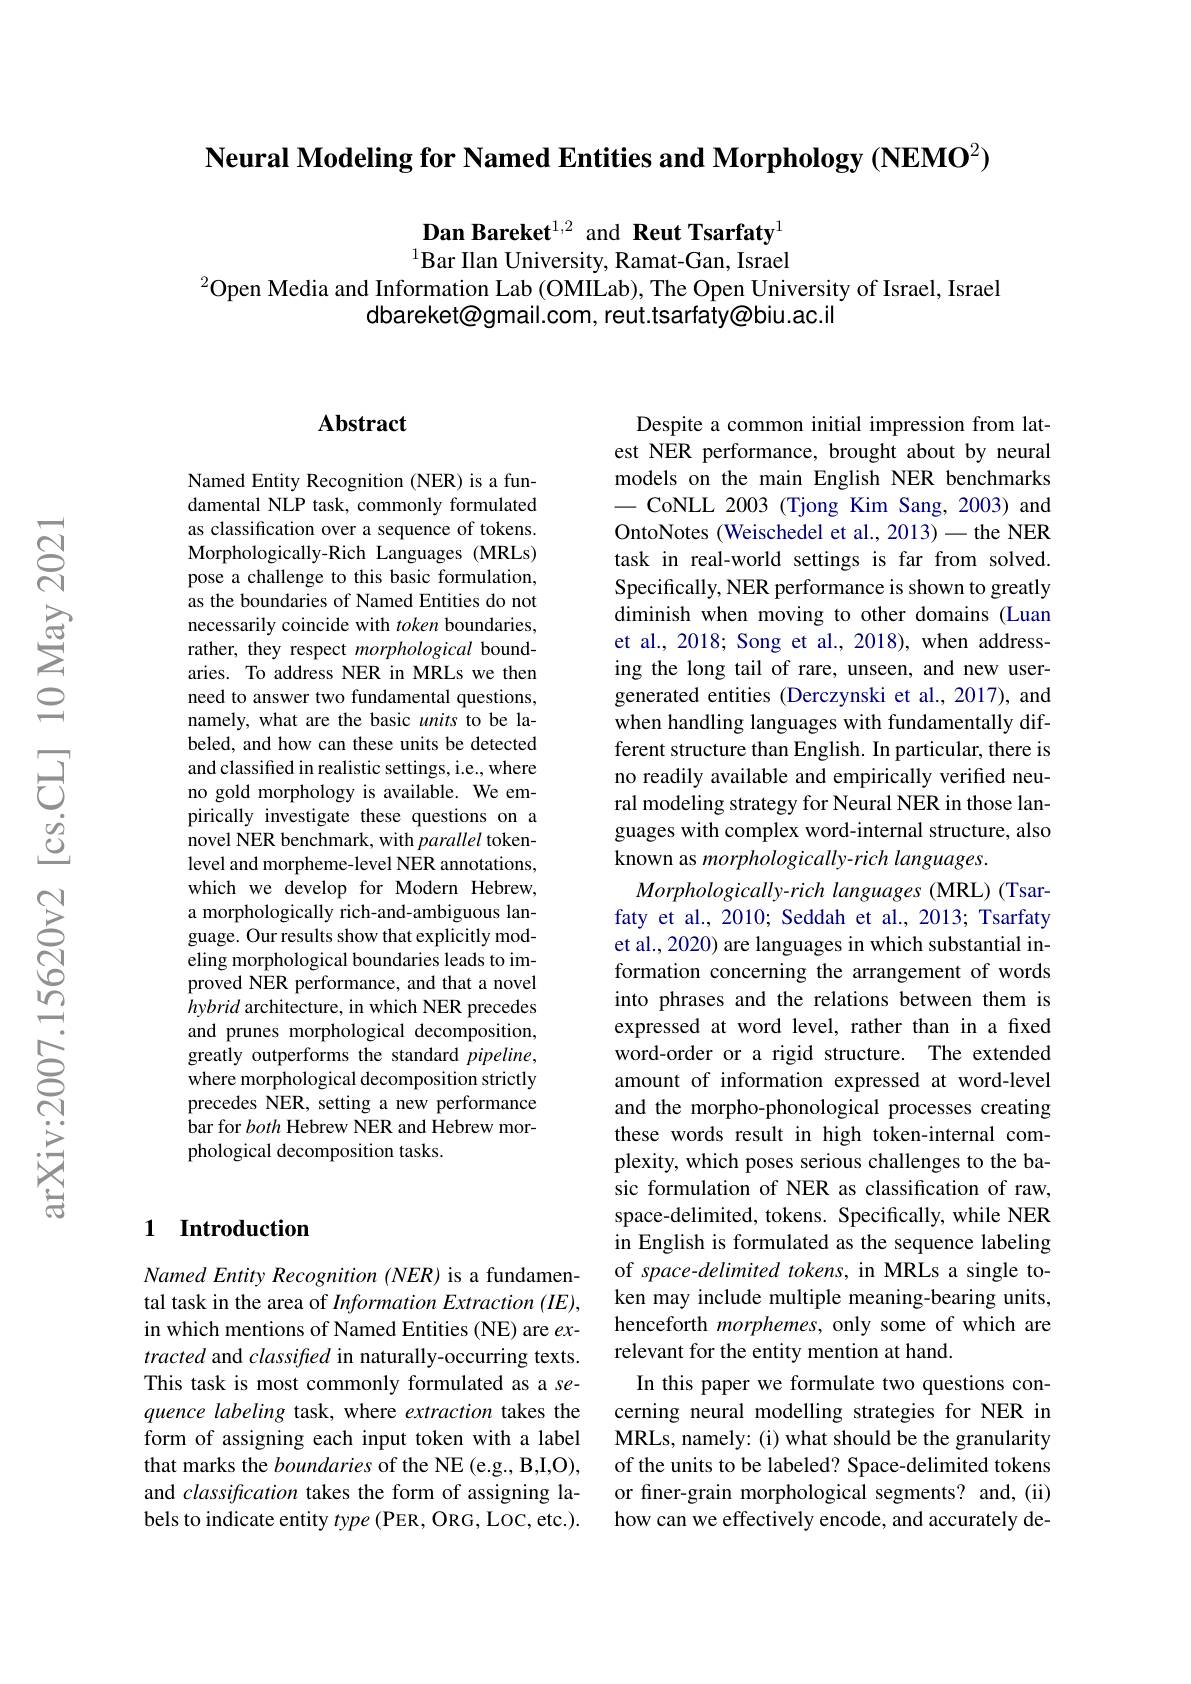
Neural Modeling for Named Entities and Morphology $(\textbf{NEMO}^{2})$

Dan Bareket$^{1,2}$ and Reut Tsarfaty$^{1}$ $^{1}$Bar Ilan University, Ramat-Gan, Israel
$^{2}$Open Media and Information Lab (OMILab), The Open University of Israel, Israel
dbareket@gmail.com, reut.tsarfaty@biu.ac.il

## Abstract

Named Entity Recognition (NER) is a fundamental NLP task, commonly formulated as classification over a sequence of tokens. Morphologically-Rich Languages (MRLs) pose a challenge to this basic formulation, as the boundaries of Named Entities do not necessarily coincide with token boundaries, rather, they respect morphological boundaries. To address NER in MRLs we then need to answer two fundamental questions, namely, what are the basic units to be labeled, and how can these units be detected and classified in realistic settings, i.e., where no gold morphology is available. We empirically investigate these questions on a novel NER benchmark, with parallel tokenlevel and morpheme-level NER annotations, which we develop for Modern Hebrew, a morphologically rich-and-ambiguous language. Our results show that explicitly modeling morphological boundaries leads to improved NER performance, and that a novel hybrid architecture, in which NER precedes and prunes morphological decomposition, greatly outperforms the standard $pipeline$, where morphological decomposition strictly precedes NER, setting a new performance bar for both Hebrew NER and Hebrew morphological decomposition tasks.

## 1 Introduction

Named Entity Recognition (NER) is a fundamental task in the area of Information Extraction (IE), in which mentions of Named Entities (NE) are $ex-$ tracted and classifred in naturally-occurring texts. This task is most commonly formulated as a sequence labeling task, where extraction takes the form of assigning each input token with a label that marks the boundaries of the NE (e.g., B,I,O), and classification takes the form of assigning labels to indicate entity type (PER, ORG, LOC, etc.).

Despite a common initial impression from latest NER performance, brought about by neural models on the main English NER benchmarks
CoNLL 2003 (Tjong Kim Sang, 2003) and OntoNotes (Weischedel et al., 2013)-the NER task in real-world settings is far from solved. Specifically, NER performance is shown to greatly diminish when moving to other domains (Luan et al., 2018; Song et al., 2018), when addressing the long tail of rare, unseen, and new usergenerated entities (Derczynski et al., 2017), and when handling languages with fundamentally different structure than English. In particular, there is no readily available and empirically verified neural modeling strategy for Neural NER in those languages with complex word-internal structure, also known as morphologically-rich languages.
Morphologically-rich languages (MRL) (Tsarfaty et al., 2010; Seddah et al., 2013; Tsarfaty et al., 2020) are languages in which substantial information concerning the arrangement of words into phrases and the relations between them is expressed at word level, rather than in a fixed word-order or a rigid structure. The extended amount of information expressed at word-level and the morpho-phonological processes creating these words result in high token-internal complexity, which poses serious challenges to the basic formulation of NER as classification of raw, space-delimited, tokens. Specifically, while NER in English is formulated as the sequence labeling of space-delimited tokens, in MRLs a single token may include multiple meaning-bearing units, henceforth morphemes, only some of which are relevant for the entity mention at hand.
In this paper we formulate two questions concerning neural modelling strategies for NER in MRLs, namely: (i) what should be the granularity of the units to be labeled? Space-delimited tokens or finer-grain morphological segments? and,(ii) how can we effectively encode, and accurately de-